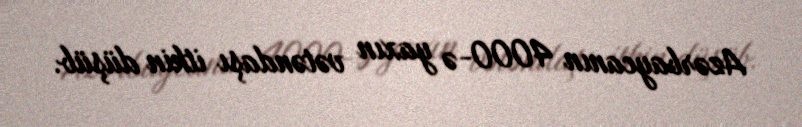
Azərbaycanın 4000-ə yaxın vətəndaşı itkin düşüb.